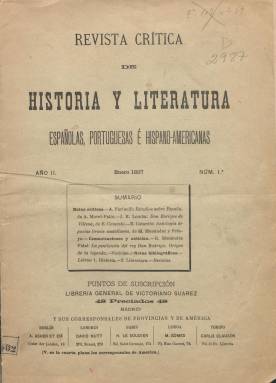
Título: Revista crítica de historia y literatura españolas, portuguesas e hispano-americanas
Colección: Literatura
Ámbito geográfico: Madrid
Lugar de publicación: Madrid
Fechas: 01/01/1897-31/12/1902

La Revista crítica de historia y literatura españolas, de la que se habían editado seis entregas desde marzo a septiembre de 1895, reaparece en diciembre de este mismo año con su título ampliado, a iniciativa del que había sido su fundador y director de la parte histórica, Rafael Altamira y Crevea (1866-1951), quien compaginaba entonces su labor publicística con la de auxiliar en la cátedra de Giner de los Ríos en la Facultad de Derecho, de Madrid. A Altamira le había ayudado en la iniciativa de esta aventura editorial el traductor, ensayista y crítico Luis Ruiz Contreras (1863-1953), quien, como mecenas de la vida literaria española, será después considerado como una de las figuras secundarias más destacadas de la denominada Generación del 98, habiendo aparecido su nombre como director literario bajo la cabecera del anterior título (que también puede consultarse en esta Hemeroteca Digital). A partir de ahora la responsabilidad de la dirección de la Revista crítica… recaerá únicamente sobre Altamira, hasta que éste se traslade a la Universidad de Oviedo, cuando gane la Cátedra de Historia del Derecho en 1897, y su amigo Antonio Elías de Molins (1850-1909) se haga cargo de su edición y dirección a partir de enero de 1898 y hasta su desaparición, en diciembre de 1902, aunque el nombre del primero seguirá apareciendo junto a éste bajo la cabecera de la publicación (Mª de los Ángeles Ayala: 2006 y 2012). Además, aunque aparezca Madrid como lugar de edición, al final será estampada en imprenta de Barcelona, ciudad en la que Molins será director de su Museo Arqueológico.
Con el nuevo título, la revista continúa el mismo plan trazado por Altamira, el de dar cuenta, de un modo especial y exclusivo, de la actividad libresca y de la producción investigadora difundida también a través de revistas y otras publicaciones científicas, de discursos académicos o de documentos inéditos sobre historia general o literaria, de estudios críticos de filología, pedagogía o arqueología dados a la luz tanto en la península (España y Portugal) como fuera de ella, pero muy especialmente en las antiguas colonias españolas o en las entonces modernas naciones hispano-americanas, además de comentar también críticamente otras importantes obras “de amena literatura” o de creación literaria (novelas, poesías, dramas, etc.), todas ellas referidas a la cultura común hispánica. La revista dedicará también especialísimo interés a la historia y literaturas “regionales” (Aragón, Baleares, Cataluña, Galicia, Navarra y Provincias Vascongadas) -inserta un artículo sobre los elementos semíticos de la lengua vasca-; un interés éste “mucho mayor que en ninguna otra publicación”, dirá su nota editorial. Y, en definitiva, la revista servirá para poner en contacto y comunicación a los intelectuales en los ámbitos de la historia y la literatura, la investigación y la creación españoles, portugueses e hispanoamericanos, así como de hispanistas de Europa y América del Norte, dando a conocer críticamente “su labor y reforzando sus lazos de amistad y compañerismo intelectual”.
Para Leoncio López-Ocón Cabrera (2000), la doble vertiente de la finalidad de este canal de comunicación científico iberoamericano, promovido por un todavía joven Altamira, fue la de constituirse “como un órgano de propaganda de la historia y de las diversas literaturas nacionales de la península ibérica y de las repúblicas hispano-americanas” y, a través de esa tarea de difusión, facilitar las relaciones entre ellas, para contribuir a éstas “sacarlas del olvido y el aislamiento en el que injustamente estaban”, tal como así lo exponía también el propio Altamira en su nota editorial. Los contenidos de la publicación comprenderá, por tanto, al mundo ibérico en su totalidad, que era lo que de verdad le interesaba tan tempranamente a Altamira, pues, con un propósito mayormente informativo, sin apenas artículos o ensayos, quiso establecer unas nuevas relaciones, no basadas en la vieja idea del imperio, propio del pasado oneroso de conquista y colonización, sino en los valores comunes de la cultura y de la civilización hispánica (Santos M. Coronas: 2004).
Sin embargo, en sus páginas no dará cabida a polémicas o rectificaciones, ni tratará de libros doctrinales (políticos, filosóficos o de otro género), respondiendo exclusivamente los propios firmantes de los contenidos de sus textos publicados, no haciéndose solidaria la revista, por tanto, de las opiniones vertidas por sus colaboradores. Con estas premisas, Altamira estableció un foro común para escritores, críticos y ensayistas españoles e hispanoamericanos, al considerar la cultura hispánica como una verdadera comunidad con una misma categoría identitaria (Mario Hernández Sánchez-Barba). Y para ello, atraerá a las páginas de la revista a los grandes intelectuales de aquel periodo finisecular, empezando por sus admirados Joaquín Costa, Marcelino Menéndez y Pelayo, Juan Valera, Leopoldo Alas ‘Clarín’ o Eduardo de Hinojosa, o a una de las figuras de la Renaixança catalana, como el pintor y escritor Santiago Rusiñol. Otras distinguidas plumas de la revista serán Ramón Menéndez Pidal (que se encargará de la sección de filología e historia literaria), Miguel de Unamuno, Benedetto Croce, Arturo Farinelli (que publicará su biografía sobre viajes en España y Portugal), A. Morel Fatio, José R. Lomba y Pedraja, Emilio Cotarelo, Carolina Michaelis de Vasconcecellos, Fernando García, A. Giménez Soler, Severino Doporto, Francisco P. Garofalo, F. Adolpho Coelho, E. Hübner, Julián Ribera, M. Schiff, J. Fitzmaurice-Kelly, Wentworth Webster, H. Butler-Clarke, A. Martínez Salazar, J. de Cámara Manoel, J.R. Mélida, J. Villaamil y Castro, Federico de Maciñeira Pardo, Buenaventura Aribau, Adolfo Bonilla y San Martín, Alfonso Damians, Enrique Fajarnés Tur, Francisco Miquel y Badía, Cosme Parpal y Badía o Felipe Pedrell, además, claro está, los textos que firman los propios Altamira y Elías de Molins .
También fue atraído a colaborar en la revista otro americanista como Marcos Jiménez de la Espada, quien publicará a lo largo de 1896 varios trabajos y sobre cuyas Relaciones geográficas de Indias Altamira publica por su parte una profunda crítica bibliográfica. Al respecto de la labor crítica de Altamira, Hebe Carmen Pelosi (2005) expresa cómo el incipiente humanista alicantino sentía especial afecto por esa labor intelectual, al considerar que “la crítica de las obras ajenas era también historia”. Además de los aspectos de la cultura, la historia y la literatura, la revista trató también cuestiones pedagógicas, y en tal sentido la publicación “es un canal precioso, un instrumento muy valioso para informarse y comprender la cultura y la educación en Portugal en los años que aparece publicada. Es un vehículo de difusión de lo portugués en ambientes intelectuales españoles de entre siglos”, puesto que la revista fue muy conocida en los ámbitos universitarios, tal como indica José María Hernández Díaz en su estudio sobre la recepción de la pedagogía portuguesa en España (1998).
La revista estará bien estructurada, con secciones de Notas críticas, Notas bibliográficas y de revistas (de historia, literatura, españolas, portuguesas, norteamericanas o extranjeras), Comunicaciones y noticias o Necrológicas. La gran mayoría de sus suscripciones procedieron de países extranjeros, y tuvo corresponsales y puntos de suscripción en Chile, Colombia, México, Paraguay, Perú, República Argentina, Uruguay o Venezuela, así como en Lisboa, París, Berlín, Londres o Torino.
La colección de este título en la Biblioteca Nacional de España no está completa. Cada año reinicia la numeración de sus cuadernos, que serán compuestos, primero, a dos columnas y, después, a una, y su paginación será continuada también cada anualidad. En ocasiones edita números dobles, duplicando, asimismo, su número de páginas, establecidas entre el medio y el centenar, respectivamente, contando también con cubiertas. La colección completa de sus siete años de existencia la integran siete tomos. Otras referencias bibliográficas sobre Altamira y esta revista se encuentran en J. Malagón (1989), Pierre Basterra (2005), Nicolás Bas Martín (2007), Jesús Rubio Jiménez y Antonio Deaño Gamallo (2011) o Leticia Sánchez de Andrés (2013).